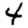
Digit: 4